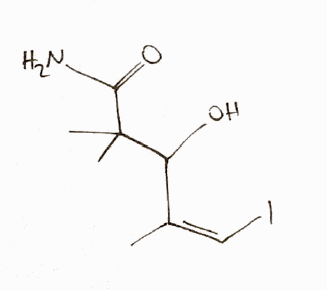
Simplified molecular-input line-entry system (SMILES) notation of the given molecule:
C/C(=C/I)/C(C(C)(C)C(=O)N)O